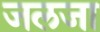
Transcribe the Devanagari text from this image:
जलजा